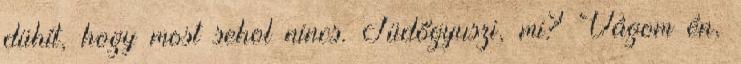
dühít, hogy most sehol nincs. Tüdőgyuszi, mi? Vágom én,